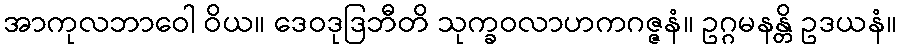
အာကုလဘာဝေါ ဝိယ။ ဒေဝဒုဒြဘီတိ သုက္ခဝလာဟကဂဇ္ဇနံ။ ဥဂ္ဂမနန္တိ ဥဒယနံ။